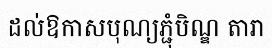
ដល់ឱកាសបុណ្យភ្ជុំបិណ្ឌ តារា